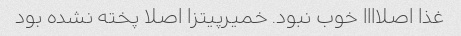
غذا اصلاااا خوب نبود. خمیرپیتزا اصلا پخته نشده بود